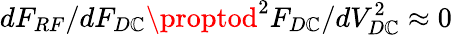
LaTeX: dF_{RF}/dF_{D\mathbb{C}}\proptod^{2}F_{D\mathbb{C}}/dV_{D\mathbb{C}}^{2}\approx0